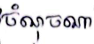
ចំណុចណា